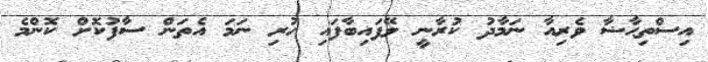
އިސްތިޙާޟާ ވެރިއާ ނަމާދު ކުރާނީ ލޭފައިބާފައި ހުރި ނަމަ އެތަން ސާފުކޮށް ކޮންމެ